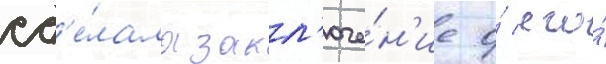
сд'е́лала закл'юче́н'ие о́ его́